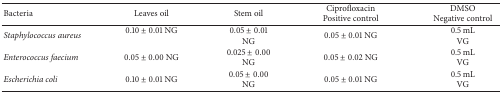
<table><thead><tr><td><b>Bacteria</b></td><td><b>Leaves oil</b></td><td><b>Stem oil</b></td><td><b>CiprofloxacinPositive control</b></td><td><b>DMSONegative control</b></td></tr></thead><tbody><tr><td><i>Staphylococcus aureus </i></td><td>0.10 ± 0.01 NG</td><td>0.05 ± 0.01 NG</td><td>0.05 ± 0.01 NG</td><td>0.5 mLVG</td></tr><tr><td><i>Enterococcus faecium</i></td><td>0.05 ± 0.00 NG</td><td>0.025 ± 0.00 NG</td><td>0.05 ± 0.02 NG</td><td>0.5 mLVG</td></tr><tr><td><i>Escherichia coli</i></td><td>0.10 ± 0.01 NG</td><td>0.05 ± 0.00 NG</td><td>0.05 ± 0.01 NG</td><td>0.5 mLVG</td></tr></tbody></table>